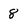
Character: 8